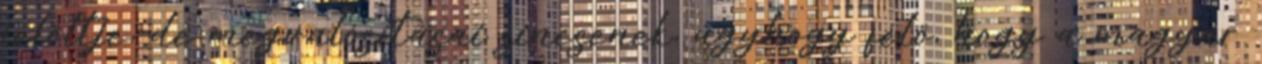
jelöltje, de megvalósításai sincsenek, úgyhogy félő, hogy a magyar